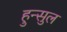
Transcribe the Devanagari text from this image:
हुन्सुल